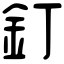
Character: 釘